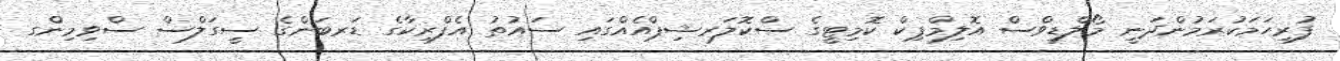
ފުރިހަމަކުރަމުންދަނީ މޯލްޑިވްސް އޮލިމްޕިކް ކޮމިޓީގެ ސްކޮލަރޝިޕްއެއްގައި ސައުތު އެފްރިކާގެ ޑަރބަންގެ ސީގަލްސް ސްވިމިންގ